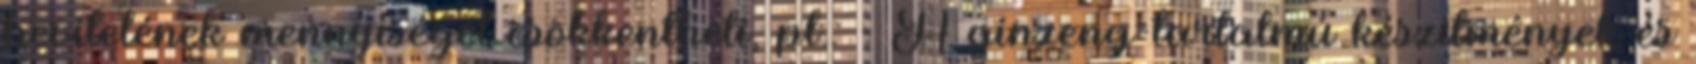
bevitelének mennyiségét csökkentheti, pl.: - A ginzeng-tartalmú készítmények és